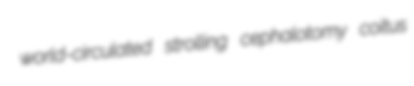
world-circulated strolling cephalotomy coitus